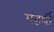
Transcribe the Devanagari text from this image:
महर्षी